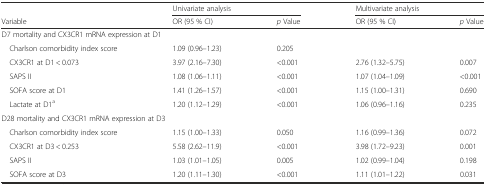
<table><thead><tr><td></td><td colspan="2"><b>Univariate analysis</b></td><td colspan="2"><b>Multivariate analysis</b></td></tr><tr><td><b>Variable</b></td><td><b>OR (95 % CI)</b></td><td><b><i>p</i> Value</b></td><td><b>OR (95 % CI)</b></td><td><b><i>p</i> Value</b></td></tr></thead><tbody><tr><td colspan="5">D7 mortality and CX3CR1 mRNA expression at D1</td></tr><tr><td> Charlson comorbidity index score</td><td>1.09 (0.96–1.23)</td><td>0.205</td><td></td><td></td></tr><tr><td> CX3CR1 at D1 &lt; 0.073</td><td>3.97 (2.16–7.30)</td><td>&lt;0.001</td><td>2.76 (1.32–5.75)</td><td>0.007</td></tr><tr><td> SAPS II</td><td>1.08 (1.06–1.11)</td><td>&lt;0.001</td><td>1.07 (1.04–1.09)</td><td>&lt;0.001</td></tr><tr><td> SOFA score at D1</td><td>1.41 (1.26–1.57)</td><td>&lt;0.001</td><td>1.15 (1.00–1.31)</td><td>0.690</td></tr><tr><td> Lactate at D1<sup>a</sup></td><td>1.20 (1.12–1.29)</td><td>&lt;0.001</td><td>1.06 (0.96–1.16)</td><td>0.235</td></tr><tr><td colspan="5">D28 mortality and CX3CR1 mRNA expression at D3</td></tr><tr><td> Charlson comorbidity index score</td><td>1.15 (1.00–1.33)</td><td>0.050</td><td>1.16 (0.99–1.36)</td><td>0.072</td></tr><tr><td> CX3CR1 at D3 &lt; 0.253</td><td>5.58 (2.62–11.9)</td><td>&lt;0.001</td><td>3.98 (1.72–9.23)</td><td>0.001</td></tr><tr><td> SAPS II</td><td>1.03 (1.01–1.05)</td><td>0.005</td><td>1.02 (0.99–1.04)</td><td>0.198</td></tr><tr><td> SOFA score at D3</td><td>1.20 (1.11–1.30)</td><td>&lt;0.001</td><td>1.11 (1.01–1.22)</td><td>0.031</td></tr></tbody></table>